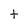
Character: t